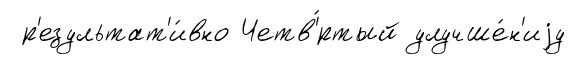
р'езультат'и́вно Четв'́ртый улучше́н'иjу